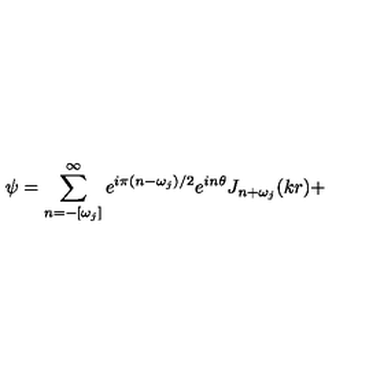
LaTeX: \psi = \sum _ { n = - [ \omega _ { j } ] } ^ { \infty } e ^ { i \pi ( n - \omega _ { j } ) / 2 } e ^ { i n \theta } J _ { n + \omega _ { j } } ( k r ) +